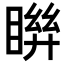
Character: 𥈒